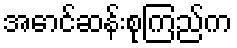
အောင်ဆန်းစုကြည်က